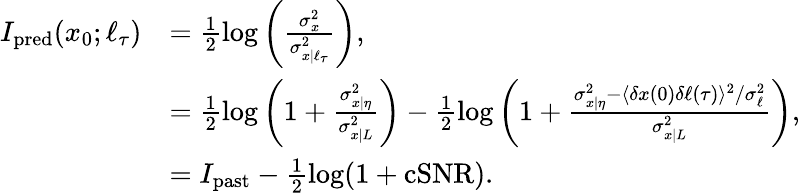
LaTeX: \begin{array}{rl}{I_{\mathrm{pred}}(x_{0};\ell_{\tau})}&{=\frac{1}{2}\log\left(\frac{\sigma_{x}^{2}}{\sigma_{x|\ell_{\tau}}^{2}}\right),}\\ &{=\frac{1}{2}\log\left(1+\frac{\sigma_{x|\eta}^{2}}{\sigma_{x|L}^{2}}\right)-\frac{1}{2}\log\left(1+\frac{\sigma_{x|\eta}^{2}-\langle\delta x(0)\delta\ell(\tau)\rangle^{2}/\sigma_{\ell}^{2}}{\sigma_{x|L}^{2}}\right),}\\ &{=I_{\mathrm{past}}-\frac{1}{2}\log(1+\mathrm{cSNR}).}\end{array}